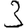
Digit: 3